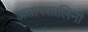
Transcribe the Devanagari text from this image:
प्रतापशालिनी